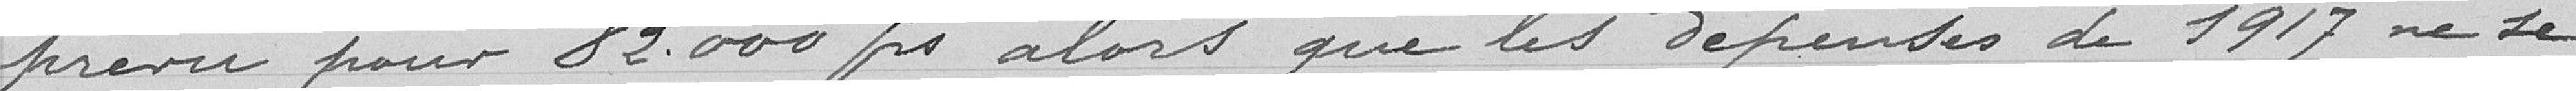
prévu pour 82000 francs alors que les dépenses de 1917 ne se